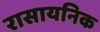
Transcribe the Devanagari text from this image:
रासायनिक